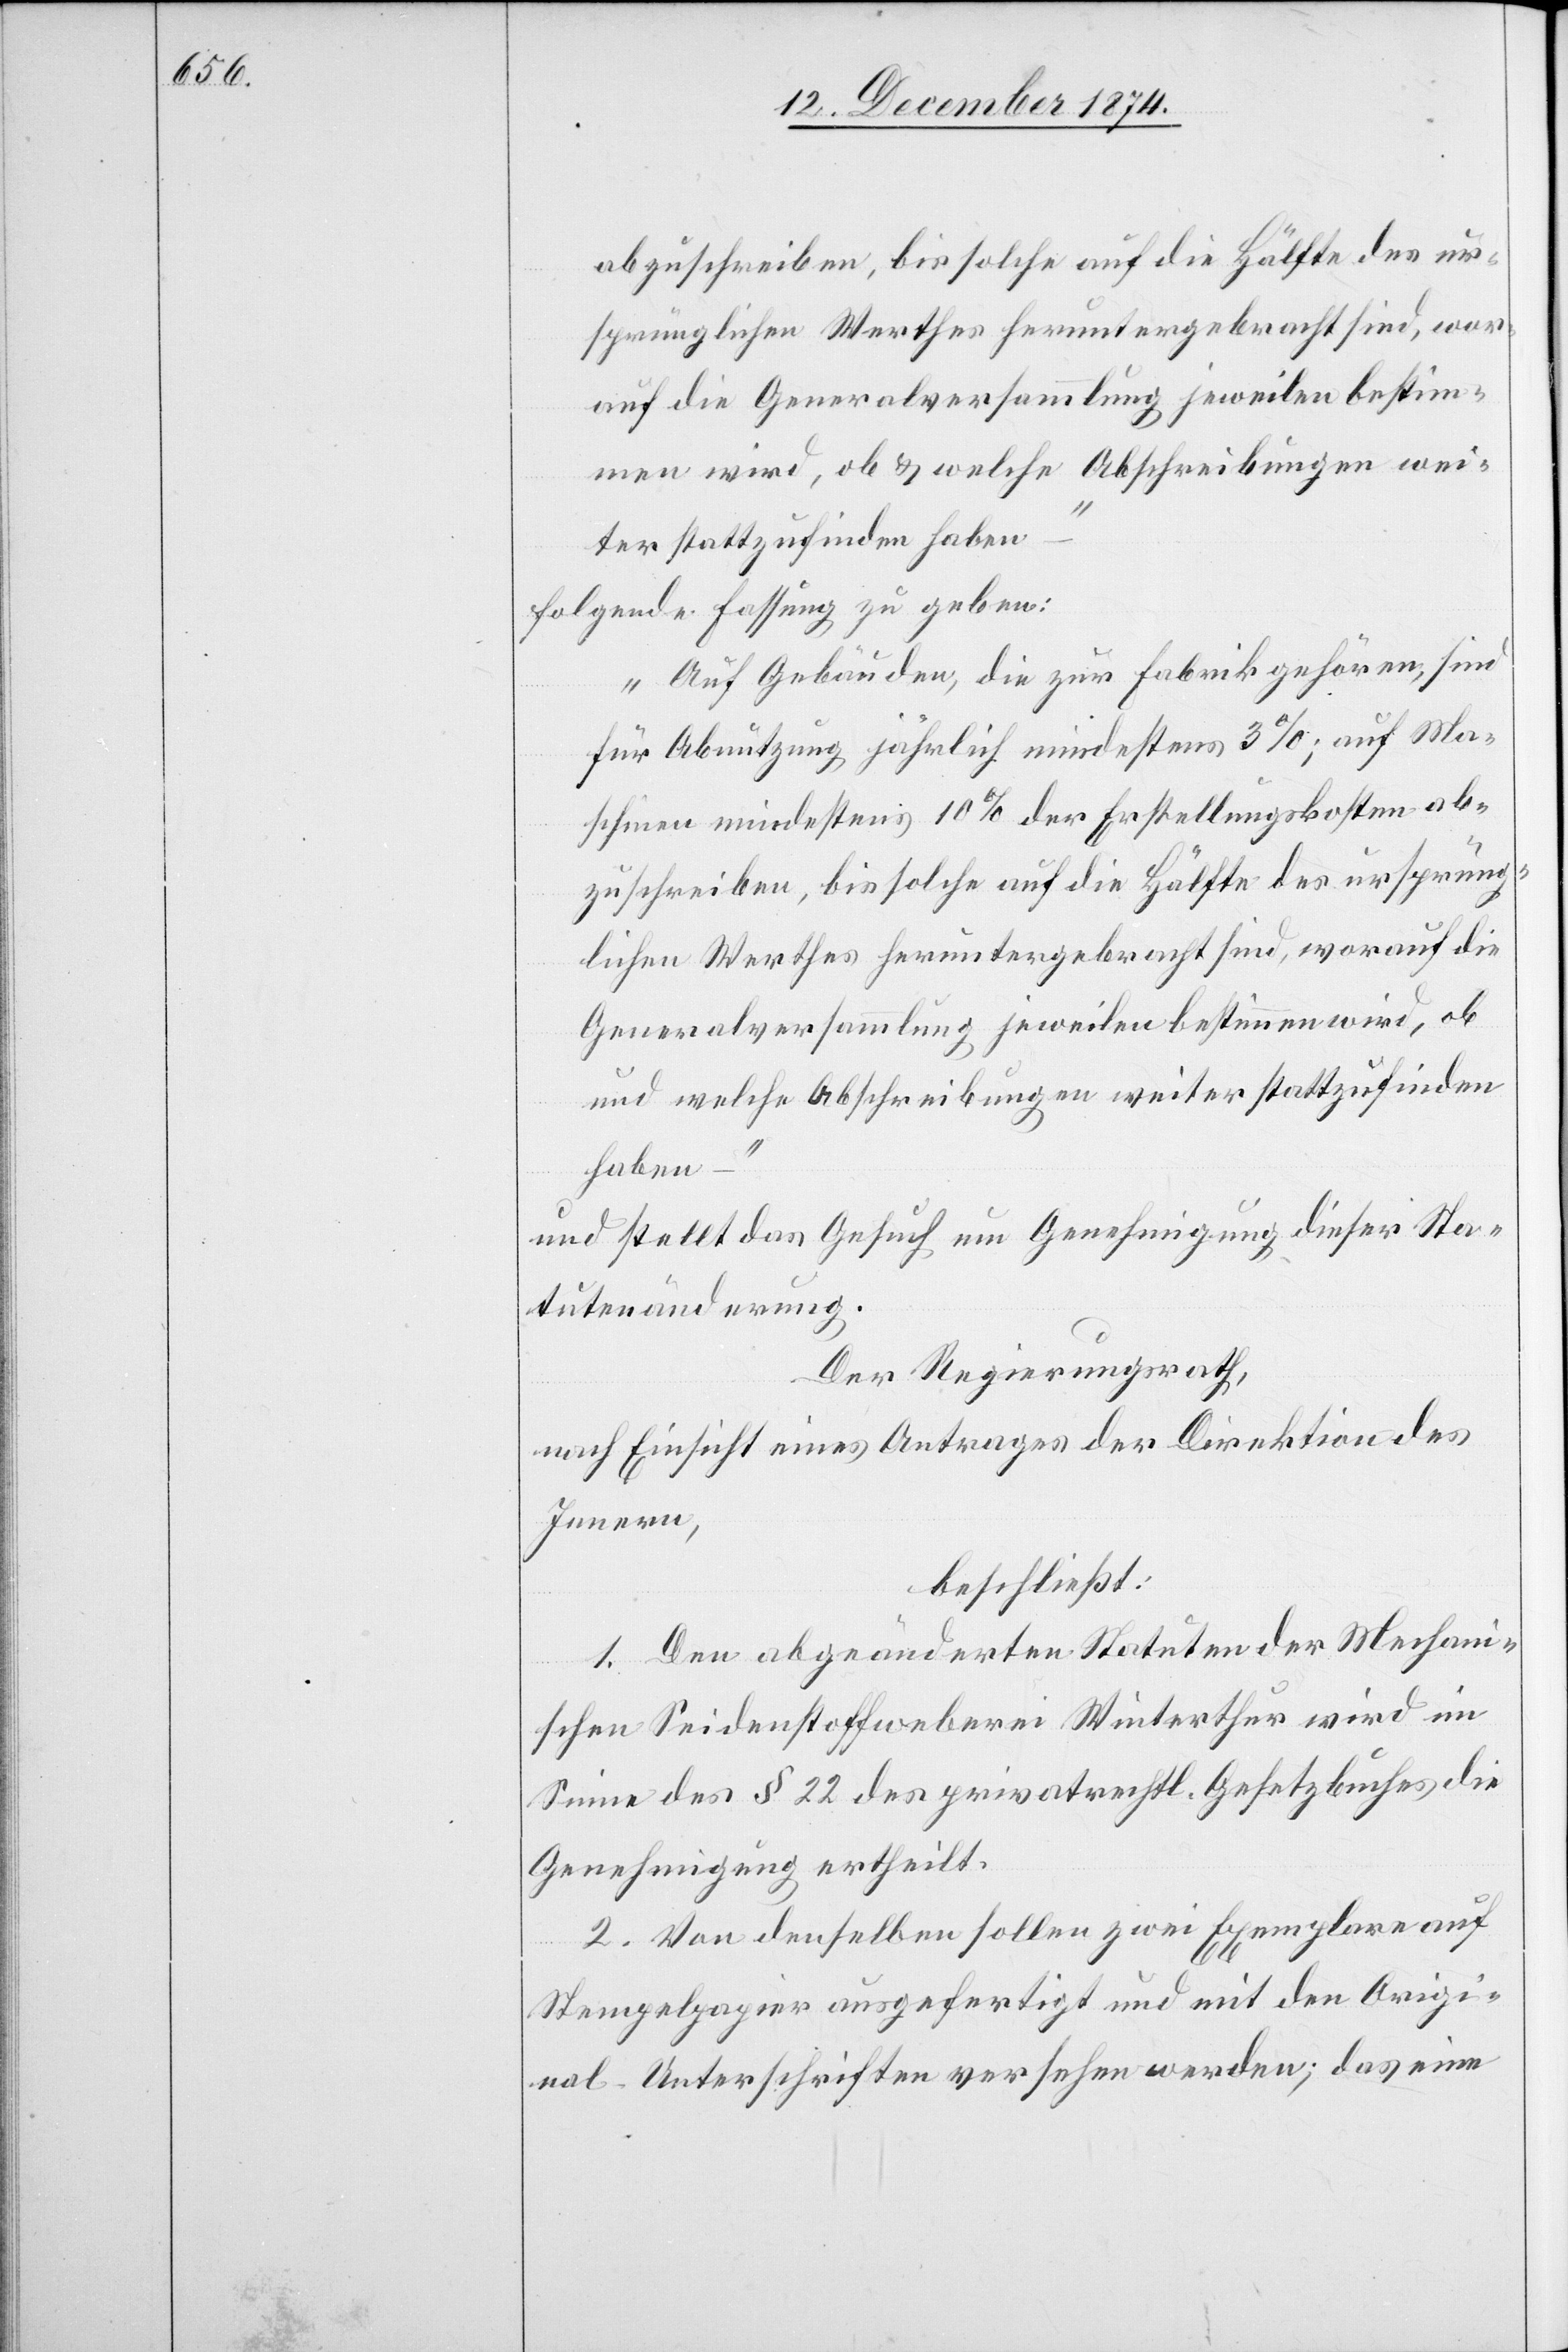
abzuschreiben, bis solche auf die Hälfte des ur¬
sprünglichen Werthes heruntergebracht sind, wor¬
auf die Generalversammlung jeweilen bestim¬
men wird, ob & welche Abschreibungen wei¬
ter stattzufinden haben
folgende Fassung zu geben:
„Auf Gebäuden, die zur Fabrik gehören, sind
für Abnutzung jährlich mindestens 3%; auf Ma¬
schinen mindestens 10% der Erstellungskosten ab¬
zuschreiben, bis solche auf die Hälfte des ursprüng¬
lichen Werthes heruntergebracht sind, worauf die
Generalversammlung jeweilen bestimmen wird, ob
und welche Abschreibungen weiter stattzufinden
haben
und stellt das Gesuch um Genehmigung dieser Sta¬
tutenänderung.
Der Regierungsrath,
nach Einsicht eines Antrages der Direktion des
Innern,
beschließt:
1. Den abgeänderten Statuten der Mechani¬
schen Seidenstoffweberei Winterthur wird im
Sinne des § 22 des privatrechtl. Gesetzbuches die
Genehmigung ertheilt.
2. Von denselben sollen zwei Exemplare auf
Stempelpapier ausgefertigt und mit den Origi¬
nal-Unterschriften versehen werden; das eine